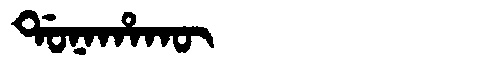
Manchu: ᡩᠣᠨᠠᡥᠠᡴᡡ
Romanization: DONAHAKŪ